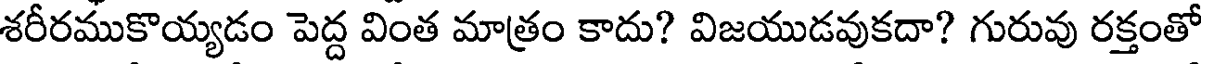
శరీరముకొయ్యడం పెద్ద వింత మాత్రం కాదు? విజయుడవుకదా? గురువు రక్తంతో